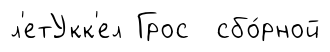
л'етУкк'ел Грос сбо́рной